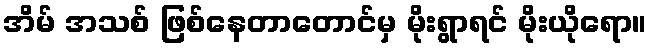
အိမ် အသစ် ဖြစ်နေတာတောင်မှ မိုးရွာရင် မိုးယိုရော။